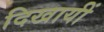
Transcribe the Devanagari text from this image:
दिखायीं